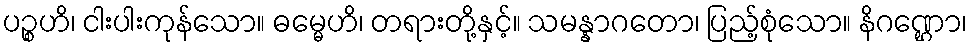
ပဉ္စဟိ၊ ငါးပါးကုန်သော။ ဓမ္မေဟိ၊ တရားတို့နှင့်။ သမန္နာဂတော၊ ပြည့်စုံသော။ နိဂဏ္ဌော၊